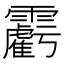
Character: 𩆾